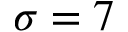
\sigma = 7